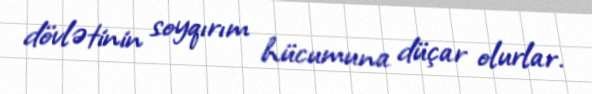
dövlətinin soyqırım hücumuna düçar olurlar.